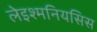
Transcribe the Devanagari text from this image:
लेइश्मनियसिस